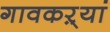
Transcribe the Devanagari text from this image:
गावकऱ्यां